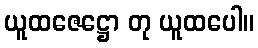
ယူထဇေဋ္ဌော တု ယူထပေါ။